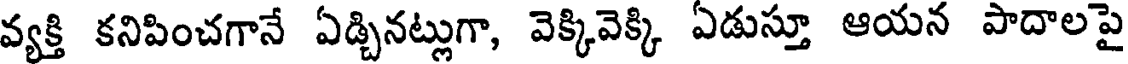
వ్యక్తి కనిపించగానే ఏడ్చినట్లుగా, వెక్కివెక్కి ఏడుస్తూ ఆయన పాదాలపై